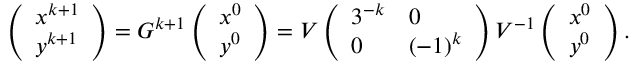
\left( \begin{array} { l } { x ^ { k + 1 } } \\ { y ^ { k + 1 } } \end{array} \right) = G ^ { k + 1 } \left( \begin{array} { l } { x ^ { 0 } } \\ { y ^ { 0 } } \end{array} \right) = V \left( \begin{array} { l l } { 3 ^ { - k } } & { 0 } \\ { 0 } & { ( - 1 ) ^ { k } } \end{array} \right) V ^ { - 1 } \left( \begin{array} { l } { x ^ { 0 } } \\ { y ^ { 0 } } \end{array} \right) .